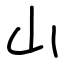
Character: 山